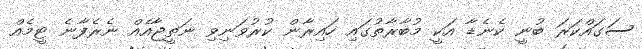
ސަގައްކަރަ ބުނީ ކެނެޑާ އަކީ މުބާރާތުގައި ހައިރާން ކުރުވަނިވި ނަތީޖާއެއް ނެރެފާނެ ޓީމެއް